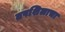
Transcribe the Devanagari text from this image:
तपशिलाचा